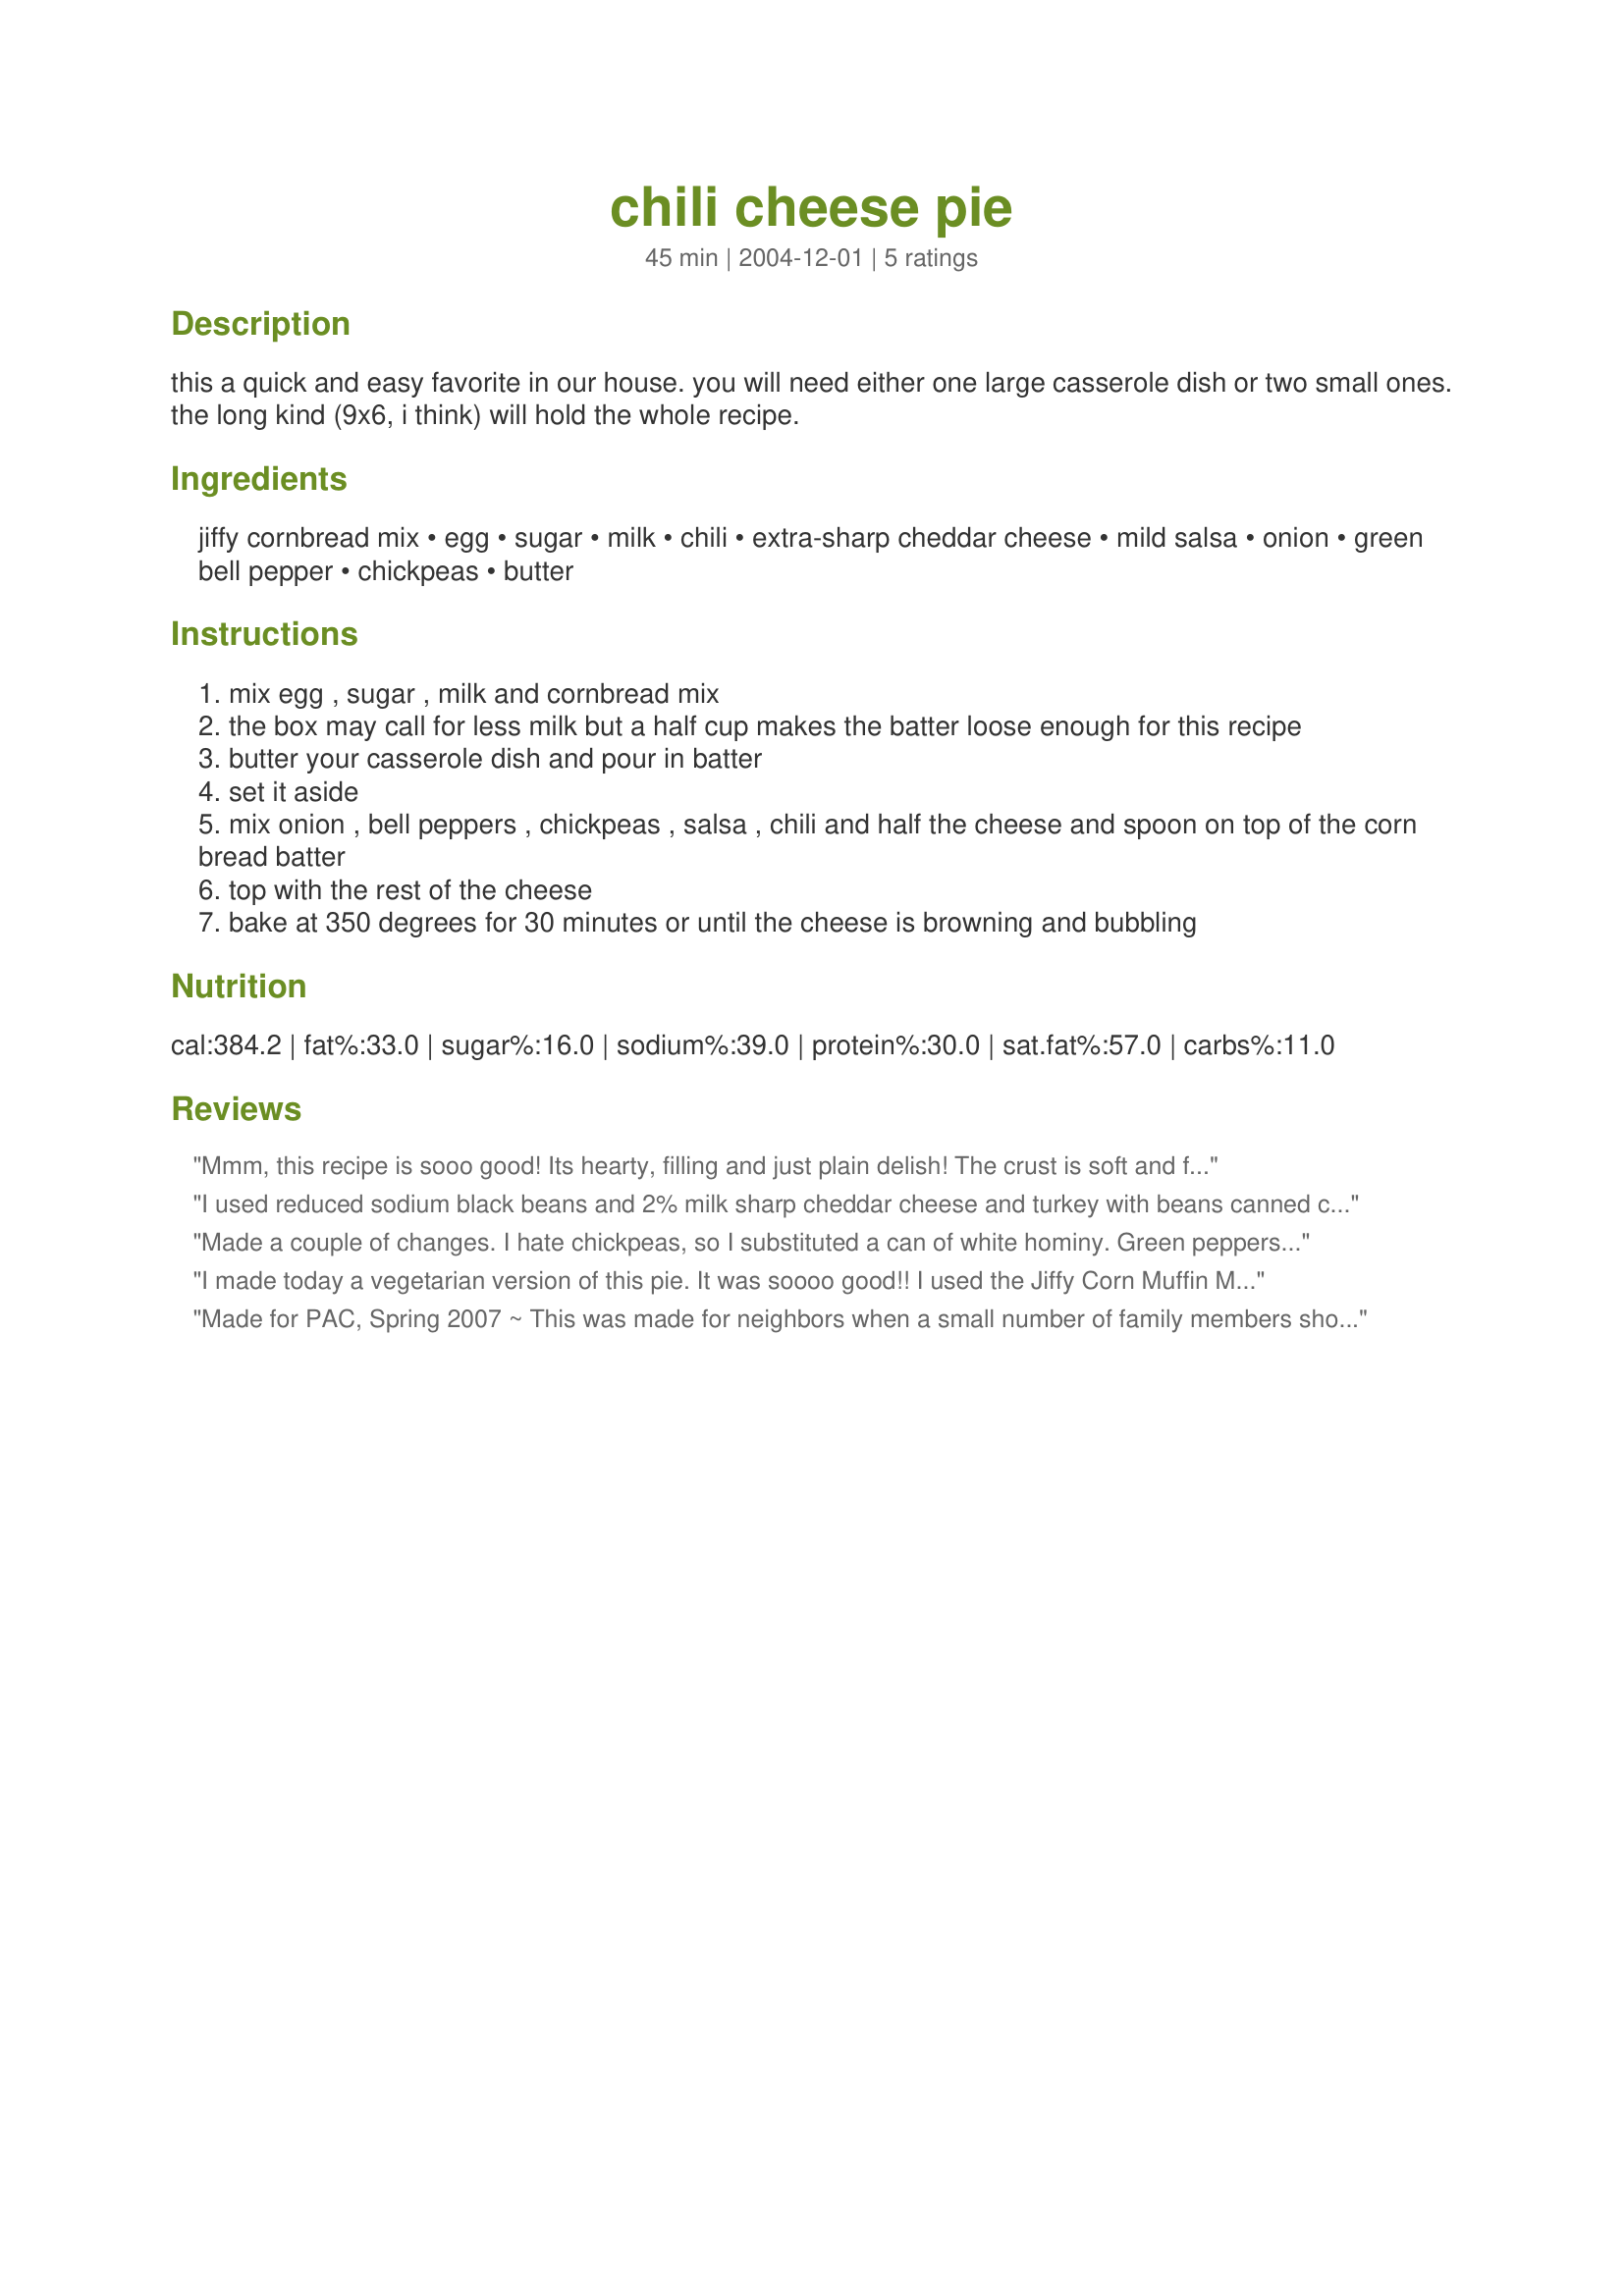
chili cheese pie
Preparation time: 45 minutes

this a quick and easy favorite in our house. you will need either one large casserole dish or two small ones. the long kind (9x6, i think) will hold the whole recipe.

Ingredients:
jiffy cornbread mix, egg, sugar, milk, chili, extra-sharp cheddar cheese, mild salsa, onion, green bell pepper, chickpeas, butter

Steps:
mix egg , sugar , milk and cornbread mix
the box may call for less milk but a half cup makes the batter loose enough for this recipe
butter your casserole dish and pour in batter
set it aside
mix onion , bell peppers , chickpeas , salsa , chili and half the cheese and spoon on top of the corn bread batter
top with the rest of the cheese
bake at 350 degrees for 30 minutes or until the cheese is browning and bubbling

Reviews:
Mmm, this recipe is sooo good! Its hearty, filling and just plain delish! The crust is soft and fluffy and goes great with the chilli. I made my own vegetarian chilli and used this copycat recipe for the mix Recipe #345502, which worked out fabulously!<br/>I left out the sugar and butter and found they werent needed to make this super yummy. Oh and I also reduced the cheese to 1/2 cup, which was plenty for our taste.<br/>THANK YOU SO MUCH for sharing such a keeper with us, Mike's Goddess!<br/>Made and reviewed on Recommendation of Sydney Mike July 2011.
I used reduced sodium black beans and 2% milk sharp cheddar cheese and turkey with beans canned chili And used non-fat milk and I can't believe it's not butter spray for the pan.
Made a couple of changes. I hate chickpeas, so I substituted a can of white hominy. Green peppers make me burp, so I substituted a can of diced green chiles. This was an easy recipe. Lots of cans. Makes a good weekend dinner.
I made today a vegetarian version of this pie. It was soooo good!! I used the Jiffy Corn Muffin Mix Copycat from this site. The only change I made it was to cut the sugar to half. Thank you for sharing!
Made for PAC, Spring 2007 ~ This was made for neighbors when a small number of family members showed up unexpectedly, & it was WELL taste-tested before delivery, after which, I understand, it was QUICKLY devoured! Anyway, it is an unusual, & very tasty dish, one I'd like to make for my own company another time!
